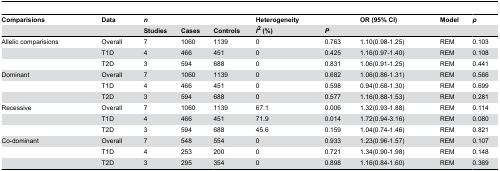
<table><thead><tr><td><b>Comparisions</b></td><td><b>Data</b></td><td><b><i>n</i></b></td><td></td><td></td><td><b>Heterogeneity</b></td><td></td><td><b>OR (95% CI)</b></td><td><b>Model</b></td><td><b><i>p</i></b></td></tr><tr><td></td><td></td><td><b>Studies</b></td><td><b>Cases</b></td><td><b>Controls</b></td><td><b><i>I</i><sup>2</sup> (%)</b></td><td><b><i>P</i></b></td><td></td><td></td><td></td></tr></thead><tbody><tr><td>Allelic comparisions</td><td>Overall</td><td>7</td><td>1060</td><td>1139</td><td>0</td><td>0.763</td><td>1.10(0.98-1.25)</td><td>REM</td><td>0.103</td></tr><tr><td></td><td>T1D</td><td>4</td><td>466</td><td>451</td><td>0</td><td>0.425</td><td>1.16(0.97-1.40)</td><td>REM</td><td>0.108</td></tr><tr><td></td><td>T2D</td><td>3</td><td>594</td><td>688</td><td>0</td><td>0.831</td><td>1.06(0.91-1.25)</td><td>REM</td><td>0.441</td></tr><tr><td>Dominant</td><td>Overall</td><td>7</td><td>1060</td><td>1139</td><td>0</td><td>0.682</td><td>1.06(0.86-1.31)</td><td>REM</td><td>0.566</td></tr><tr><td></td><td>T1D</td><td>4</td><td>466</td><td>451</td><td>0</td><td>0.598</td><td>0.94(0.68-1.30)</td><td>REM</td><td>0.699</td></tr><tr><td></td><td>T2D</td><td>3</td><td>594</td><td>688</td><td>0</td><td>0.577</td><td>1.16(0.88-1.53)</td><td>REM</td><td>0.281</td></tr><tr><td>Recessive</td><td>Overall</td><td>7</td><td>1060</td><td>1139</td><td>67.1</td><td>0.006</td><td>1.32(0.93-1.88)</td><td>REM</td><td>0.114</td></tr><tr><td></td><td>T1D</td><td>4</td><td>466</td><td>451</td><td>71.9</td><td>0.014</td><td>1.72(0.94-3.16)</td><td>REM</td><td>0.080</td></tr><tr><td></td><td>T2D</td><td>3</td><td>594</td><td>688</td><td>45.6</td><td>0.159</td><td>1.04(0.74-1.46)</td><td>REM</td><td>0.821</td></tr><tr><td>Co-dominant</td><td>Overall</td><td>7</td><td>548</td><td>554</td><td>0</td><td>0.933</td><td>1.23(0.96-1.57)</td><td>REM</td><td>0.107</td></tr><tr><td></td><td>T1D</td><td>4</td><td>253</td><td>200</td><td>0</td><td>0.721</td><td>1.34(0.90-1.98)</td><td>REM</td><td>0.148</td></tr><tr><td></td><td>T2D</td><td>3</td><td>295</td><td>354</td><td>0</td><td>0.898</td><td>1.16(0.84-1.60)</td><td>REM</td><td>0.369</td></tr></tbody></table>